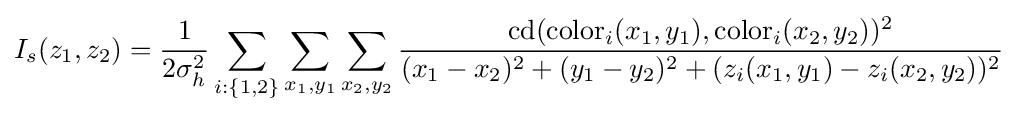
I_{s}(z_{1},z_{2})={\frac {1}{2\sigma _{h}^{2}}}\sum _{i:\{1,2\}}\sum _{x_{1},y_{1}}\sum _{x_{2},y_{2}}{\frac {\operatorname {cd} (\operatorname {color} _{i}(x_{1},y_{1}),\operatorname {color} _{i}(x_{2},y_{2}))^{2}}{(x_{1}-x_{2})^{2}+(y_{1}-y_{2})^{2}+(z_{i}(x_{1},y_{1})-z_{i}(x_{2},y_{2}))^{2}}}